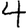
Digit: 4